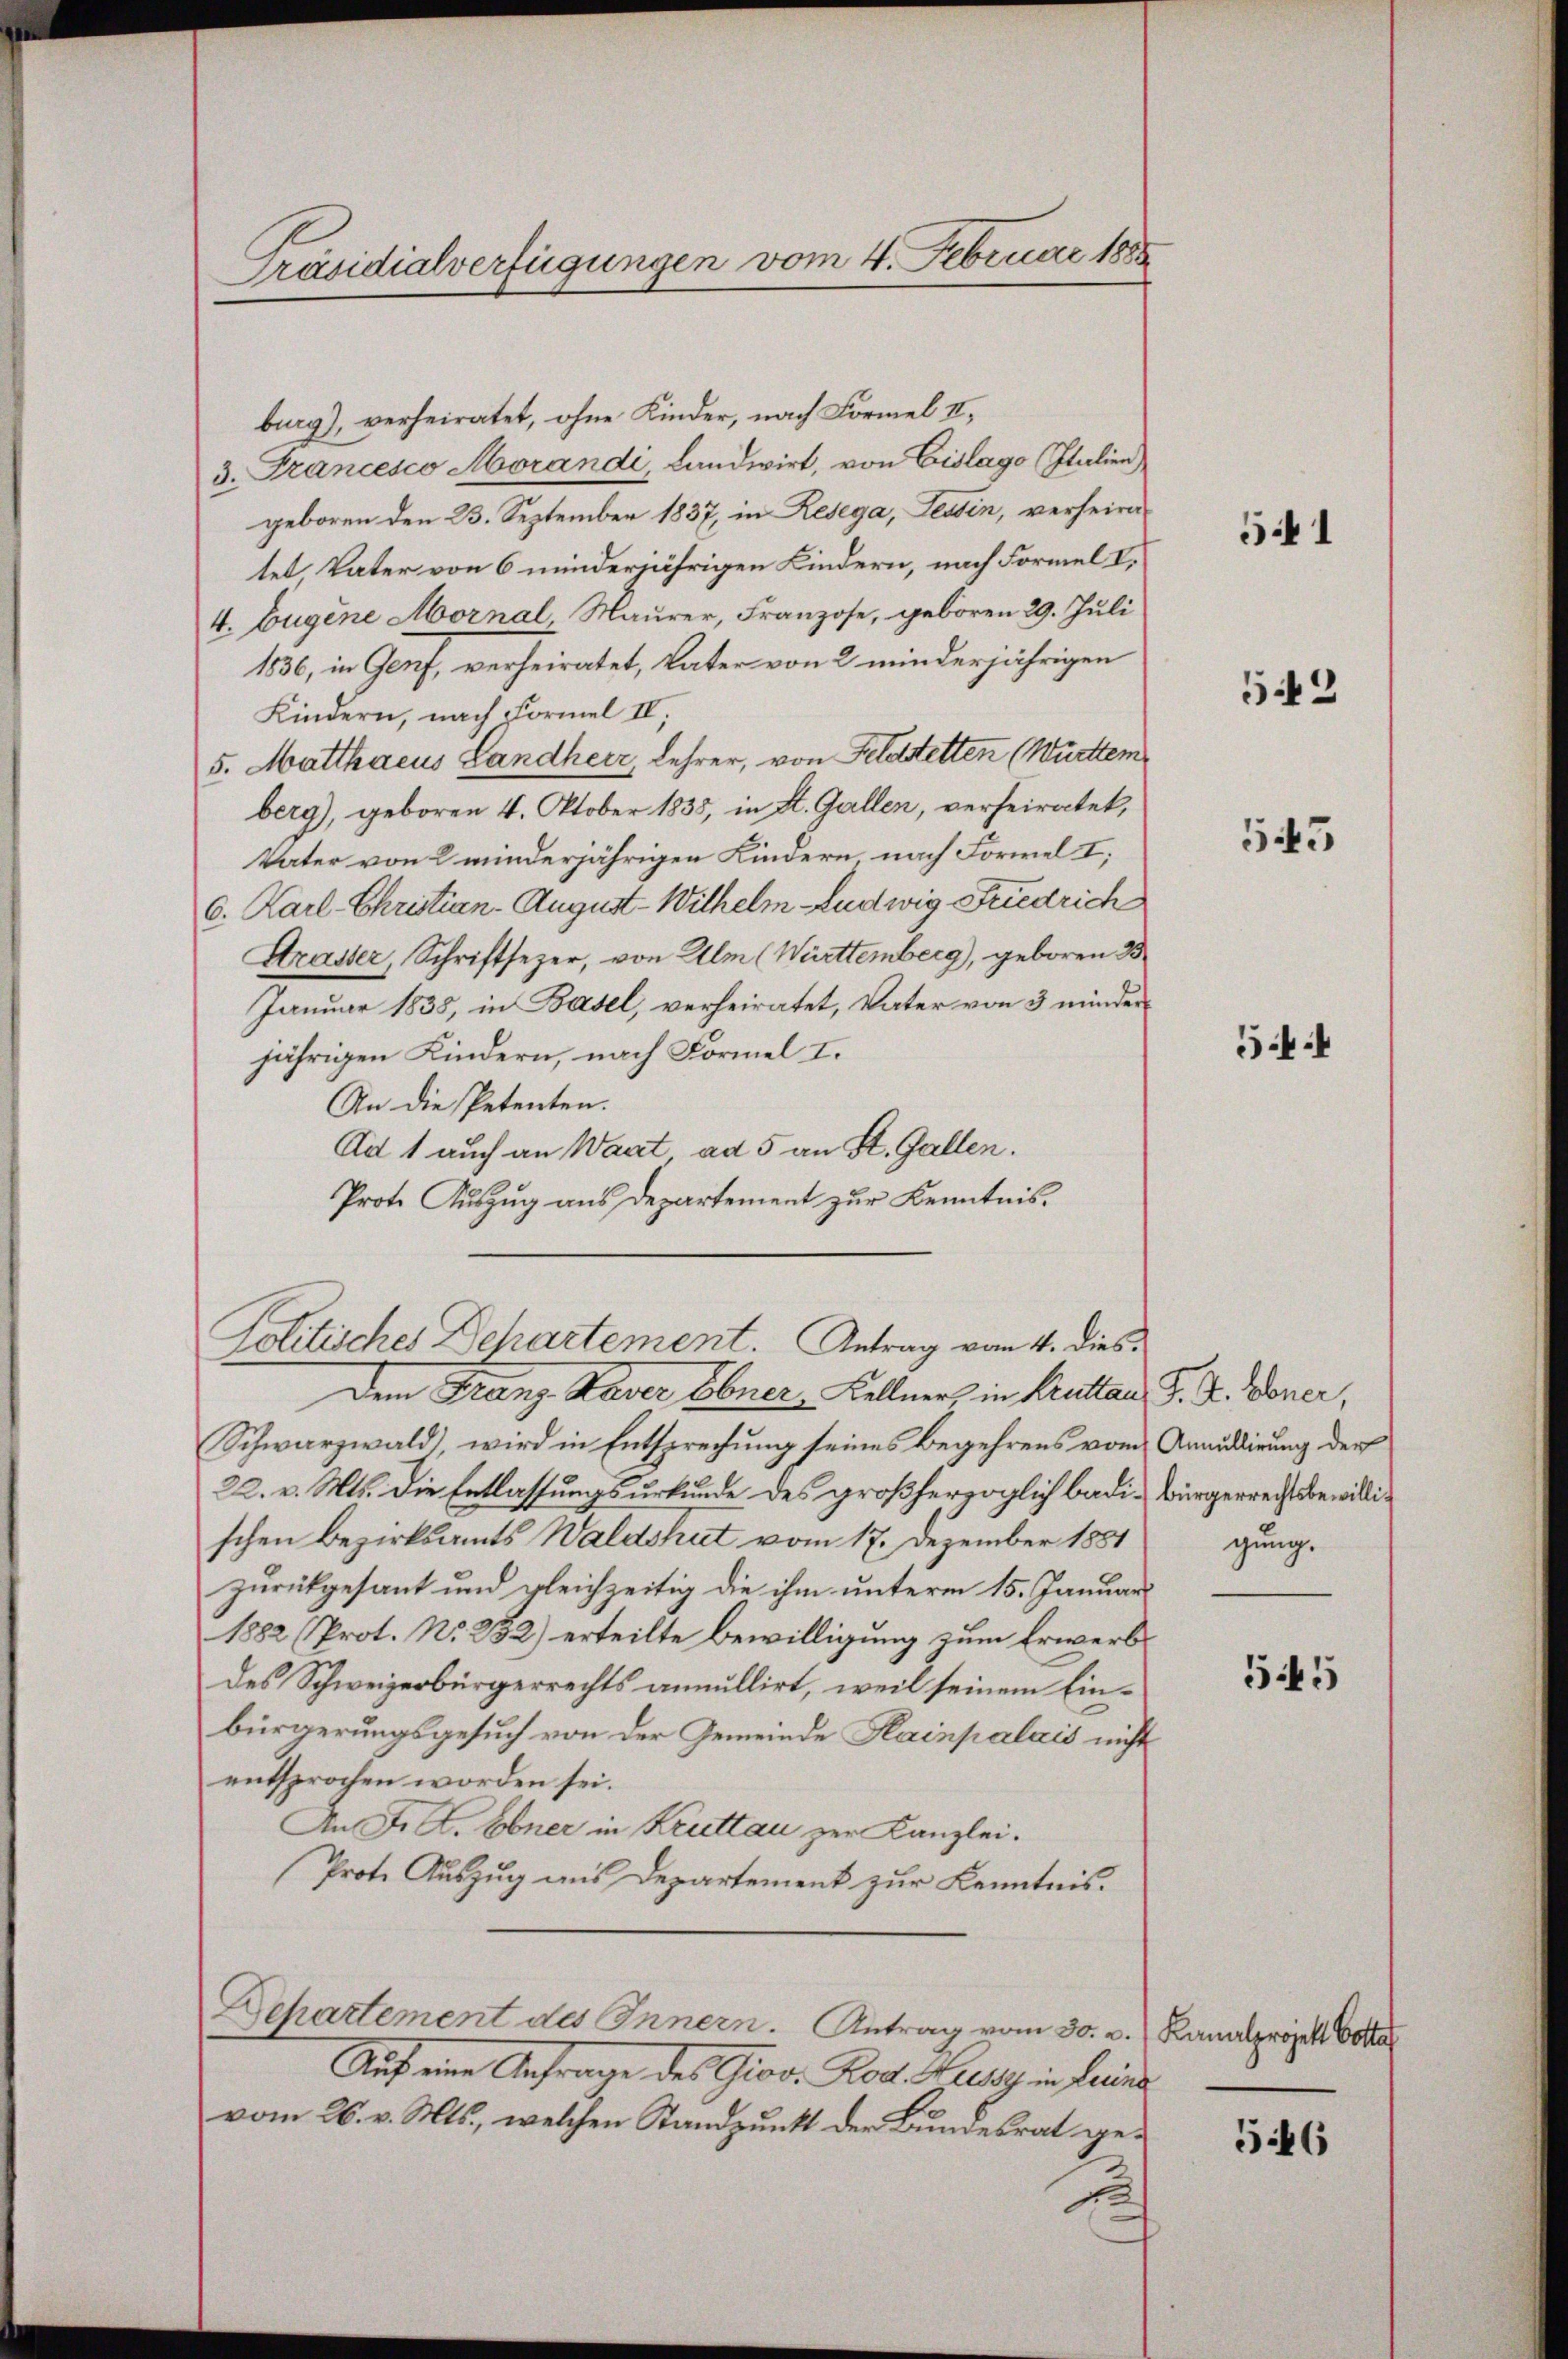
Präsidialverfügungen vom 4. Februar 1888

burg), verheiratet, ohne Kinder, nach Formel II.,
3. Francesco Morandi, Landwirt, von Eislago Italien)
geboren den 23. September 1837, in Resega, Tessin, verheiratet Vater von 6 minderjährigen Kindern, nach Formel V.
4. Eugene Mornal Maurer, Franzose, geboren 29. Juli
1836, in Genf, verheiratet, Vater von 2 minderjährigen
Kindern, nach Formel IV;
5. Matthaeus Landherr, Lehrer, von Feldstetten (Württem
berg), geboren 4. Oktober 1835, in St. Gallen, verheiratet,
Vater von 2 minderjährigen Kindern nach Formel I;
6. Karl Christian August-Withelm Ludwig Friedrich
Strasser, Schriftsezer, von Alm (Württemberg), geboren 33
Januar 1838, in Basel, verheiratet, Vater von 3 minder
jährigen Kindern, nach Formel I.
An die Petenten.
Ad 1 auch an Waat ad 5 an St. Gallen.
Prote Auszug aus Departement zur Kenntnis¬
Politisches Dehartement. Antrag vom 4. dies¬
Dem Franz Kaver Ebner Kellner in Bruttan J. F. Vener,
Schwarzwald, wird in Entsprechung seines Begehrens vom Anaudirung der
22. v. Mts. die Entlassungsurkunde des großherzoglich badi-Bürgerrecht bewillischen Bezirksamts Waldshut vom 17. Dezember 1851
zurückgesant und gleichzeitig die ihm unterm 15. Januar
1882 (Prot. No. 232) erteilte Bewilligung zum Erwerbs
des Schweizerbürgerrechts annullirt, weil seinem Einbürgerungsgesuch von der Gemeinde Hainpalais nicht
entsprochen worden sei.
An Fr. K. Ebner in Kruttau zur Kanzlei.
Prote Auszug aus Departement zur Kenntnis.
Departement des Innern. Antrag vom 30. v. Kanalprojekt vo
Auf eine Anfrage des Giov. Rod. Haus in Lains
vom 26. v. Mts., welchen Standpunkt der Bundesrat ge¬

541

543

543

544

gung.

545

546